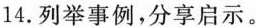
14.列举事例，分享启示。